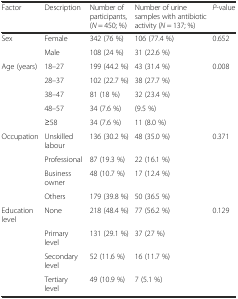
<table><thead><tr><td><b>Factor</b></td><td><b>Description</b></td><td><b>Number of participants, (<i>N</i> = 450; %)</b></td><td><b>Number of urine samples with antibiotic activity (<i>N</i> = 137; %)</b></td><td><b><i>P</i>-value</b></td></tr></thead><tbody><tr><td>Sex</td><td>Female</td><td>342 (76 %)</td><td>106 (77.4 %)</td><td>0.652</td></tr><tr><td></td><td>Male</td><td>108 (24 %)</td><td>31 (22.6 %)</td><td></td></tr><tr><td>Age (years)</td><td>18–27</td><td>199 (44.2 %)</td><td>43 (31.4 %)</td><td>0.008</td></tr><tr><td></td><td>28–37</td><td>102 (22.7 %)</td><td>38 (27.7 %)</td><td></td></tr><tr><td></td><td>38–47</td><td>81 (18 %)</td><td>32 (23.4 %)</td><td></td></tr><tr><td></td><td>48–57</td><td>34 (7.6 %)</td><td>(9.5 %)</td><td></td></tr><tr><td></td><td>≥58</td><td>34 (7.6 %)</td><td>11 (8.0 %)</td><td></td></tr><tr><td>Occupation</td><td>Unskilled labour</td><td>136 (30.2 %)</td><td>48 (35.0 %)</td><td>0.371</td></tr><tr><td></td><td>Professional</td><td>87 (19.3 %)</td><td>22 (16.1 %)</td><td></td></tr><tr><td></td><td>Business owner</td><td>48 (10.7 %)</td><td>17 (12.4 %)</td><td></td></tr><tr><td></td><td>Others</td><td>179 (39.8 %)</td><td>50 (36.5 %)</td><td></td></tr><tr><td>Education level</td><td>None</td><td>218 (48.4 %)</td><td>77 (56.2 %)</td><td>0.129</td></tr><tr><td></td><td>Primary level</td><td>131 (29.1 %)</td><td>37 (27 %)</td><td></td></tr><tr><td></td><td>Secondary level</td><td>52 (11.6 %)</td><td>16 (11.7 %)</td><td></td></tr><tr><td></td><td>Tertiary level</td><td>49 (10.9 %)</td><td>7 (5.1 %)</td><td></td></tr></tbody></table>